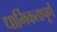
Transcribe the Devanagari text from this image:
धार्मिकतापूर्ण